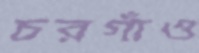
চরগাঁও